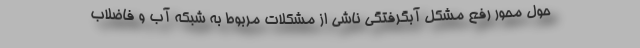
حول محور رفع مشکل آبگرفتگی ناشی از مشکلات مربوط به شبکه آب و فاضلاب